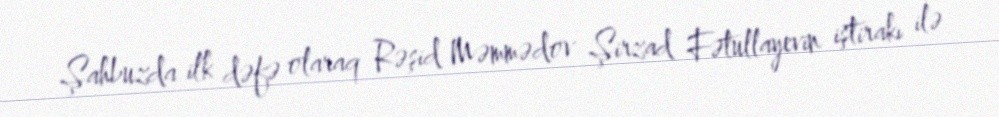
Şahbuzda ilk dəfə olaraq Rəşid Məmmədov Şirzad Fətullayevin iştirakı ilə